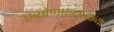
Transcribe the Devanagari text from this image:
एकोणपन्नासाव्या